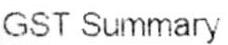
GST SUMMARY